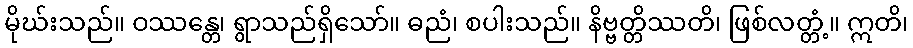
မိုဃ်းသည်။ ဝဿန္တေ၊ ရွာသည်ရှိသော်။ ဓညံ၊ စပါးသည်။ နိဗ္ဗတ္တိဿတိ၊ ဖြစ်လတ္တံ့။ ဣတိ၊